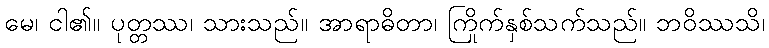
မေ၊ ငါ၏။ ပုတ္တဿ၊ သားသည်။ အာရာဓိတာ၊ ကြိုက်နှစ်သက်သည်။ ဘဝိဿသိ၊